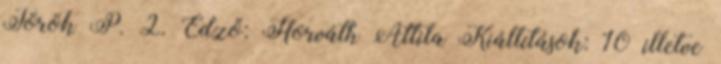
Török P. 2. Edző: Horváth Attila Kiállítások: 10 illetve